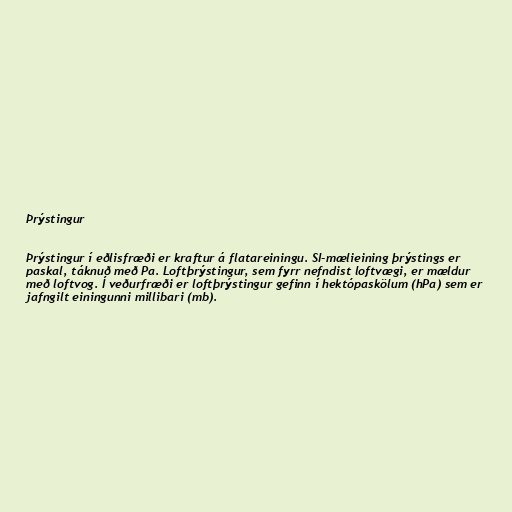
Þrýstingur

Þrýstingur í eðlisfræði er kraftur á flatareiningu. SI-mælieining þrýstings er
paskal, táknuð með Pa. Loftþrýstingur, sem fyrr nefndist loftvægi, er mældur
með loftvog. Í veðurfræði er loftþrýstingur gefinn í hektópaskölum (hPa) sem er
jafngilt einingunni millibari (mb).